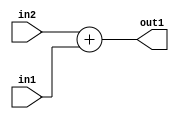
`timescale 1ps / 1ps
/*****************************************************************************
    Verilog RTL Description
    
    
    Created by: Stratus DpOpt 21.05.01 
*******************************************************************************/

module dut_Add_16Ux16U_16U_1 (
	in2,
	in1,
	out1
	); /* architecture "behavioural" */ 
input [15:0] in2,
	in1;
output [15:0] out1;
wire [15:0] asc001;

assign asc001 = 
	+(in2)
	+(in1);

assign out1 = asc001;
endmodule

/* CADENCE  urf3TQ0= : u9/ySxbfrwZIxEzHVQQV8Q== ** DO NOT EDIT THIS LINE ******/